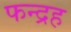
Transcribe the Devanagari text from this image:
फन्द्रह